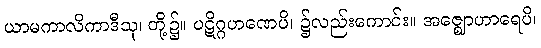
ယာမကာလိကာဒီသု၊ တို့၌။ ပဋိဂ္ဂဟဏေပိ၊ ၌လည်းကောင်း။ အဇ္ဈောဟာရေပိ၊